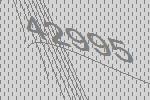
42995